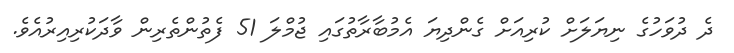
ދެ ދުވަހުގެ ނިޔަލަށް ކުރިއަށް ގެންދިޔަ އެމުބާރާތުގައި ޖުމްލަ 51 ފެތުންތެރިން ވާދަކުރިއިރުއެވެ.